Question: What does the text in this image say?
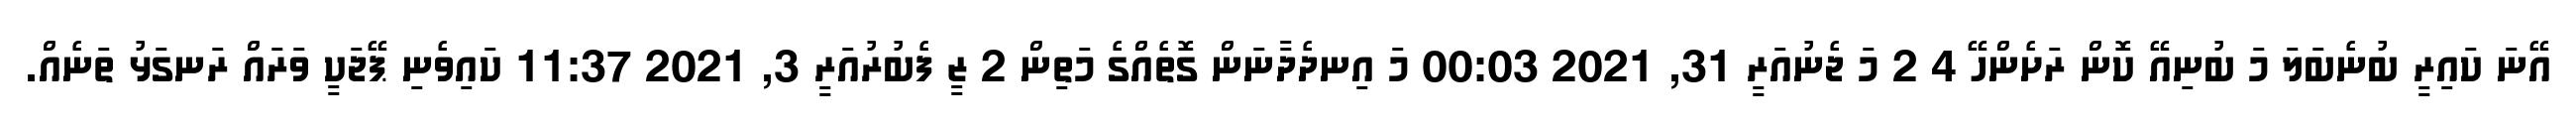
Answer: އޭނަ ކައިރީ ބުނެބަލަ މަ ބުނިއޭ ކޮން ރަށެންހޭ 4 2 މަ ޖެނުއަރީ 31, 2021 00:03 މަ އިނދެދާނަން ގޮތެއްގެ މަތިން 2 ޒީ ފެބުރުއަރީ 3, 2021 11:37 ކައިވެނި ޕޭޖަކީ ވަރައް ރަނގަޅު ތަނެއް.